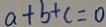
a + b + c = 0